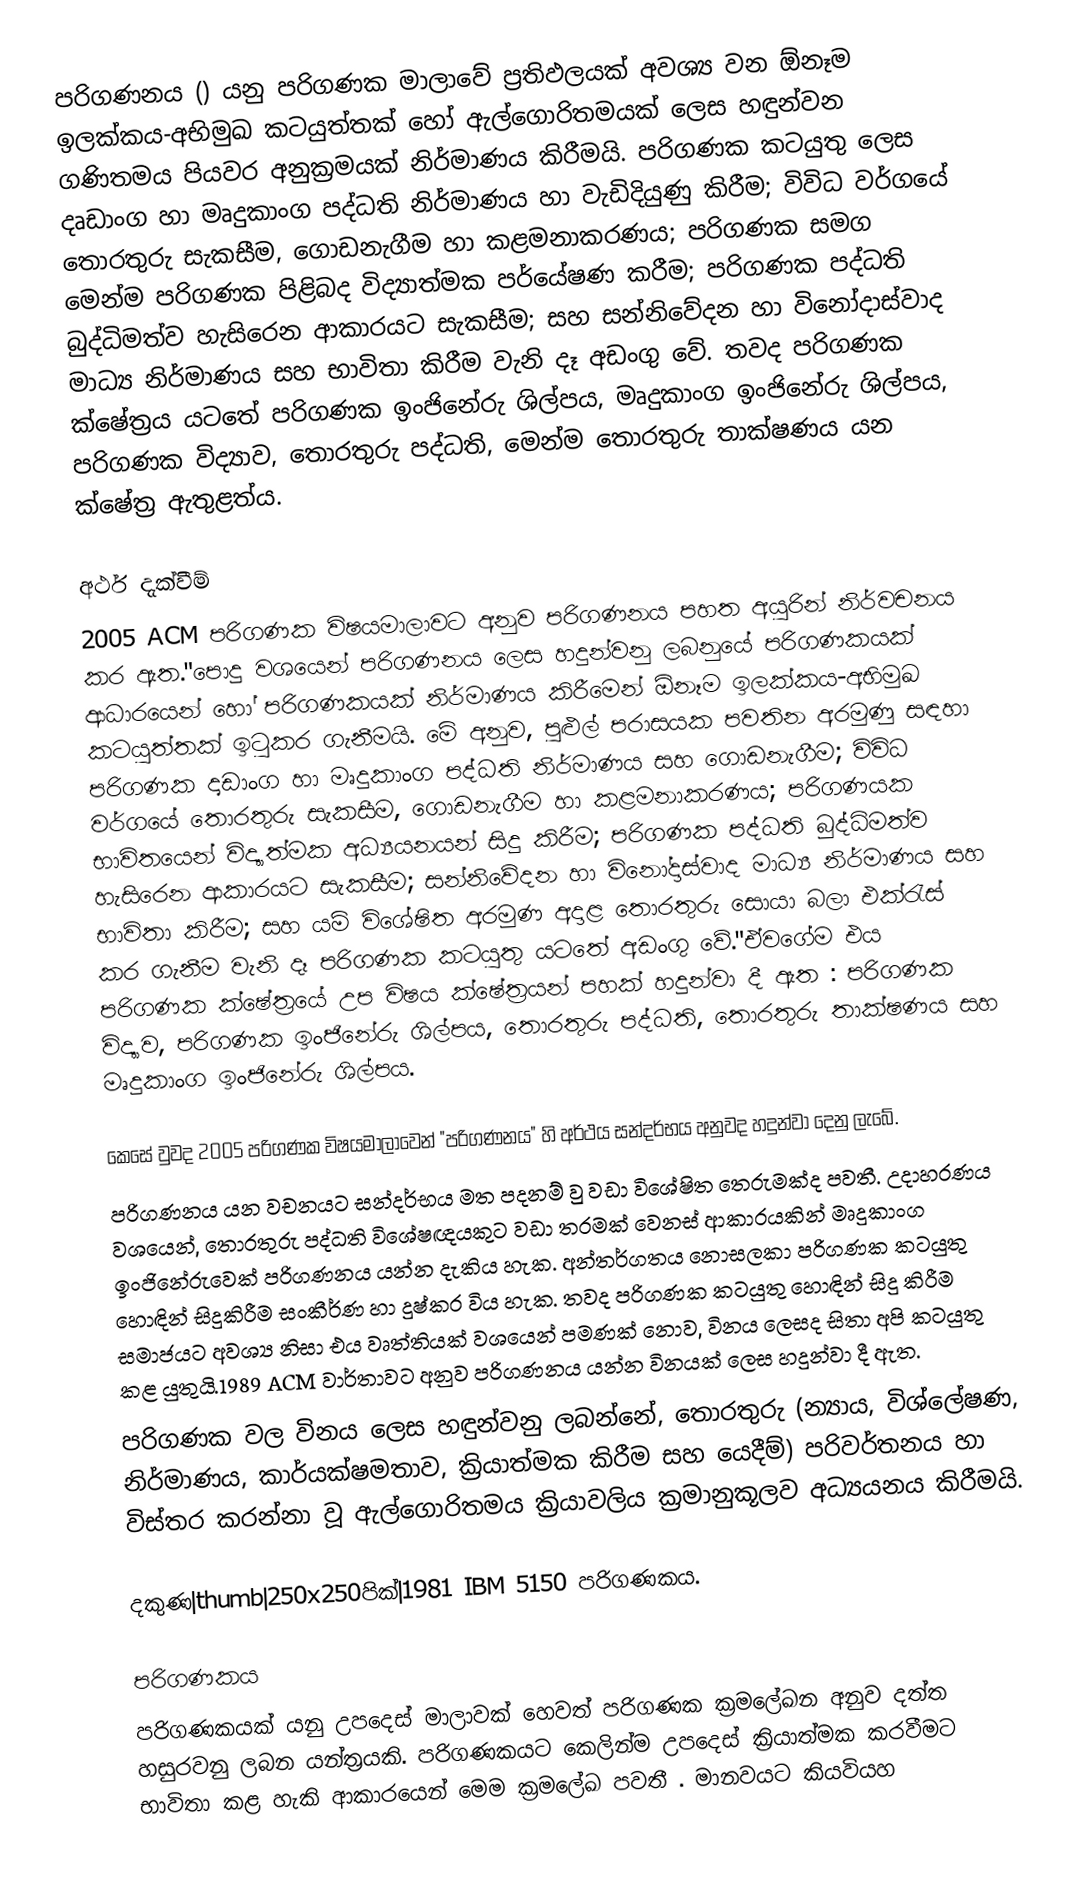
පරිගණනය () යනු පරිගණක මාලාවේ ප්‍රතිඵලයක් අවශ්‍ය වන ඕනෑම ඉලක්කය-අභිමුඛ කටයුත්තක් හෝ ඇල්ගොරිතමයක් ලෙස හඳුන්වන  ගණිතමය පියවර අනුක්‍රමයක් නිර්මාණය කිරීමයි. පරිගණක කටයුතු ලෙස  දෘඩාංග හා මෘදුකාංග පද්ධති නිර්මාණය හා වැඩිදියුණු කිරීම; විවිධ වර්ගයේ තොරතුරු  සැකසීම, ගොඩනැගීම හා කළමනාකරණය; පරිගණක සමග මෙන්ම පරිගණක පිළිබද විද්‍යාත්මක පර්යේෂණ කරීම; පරිගණක පද්ධති බුද්ධිමත්ව හැසිරෙන ආකාරයට සැකසීම; සහ සන්නිවේදන හා විනෝදාස්වාද  මාධ්‍ය නිර්මාණය  සහ භාවිතා කිරීම වැනි දෑ අඩංගු වේ. තවද පරිගණක ක්ෂේත්‍රය යටතේ පරිගණක ඉංජිනේරු ශිල්පය, මෘදුකාංග ඉංජිනේරු ශිල්පය, පරිගණක විද්‍යාව, තොරතුරු පද්ධති, මෙන්ම තොරතුරු තාක්ෂණය යන ක්ෂේත්‍ර ඇතුළත්ය.

අර්ථ දැක්වීම්
2005  ACM පරිගණක විෂයමාලාවට අනුව පරිගණනය පහත අයුරින් නිර්වචනය කර ඇත."පොදු වශයෙන් පරිගණනය ලෙස හදුන්වනු ලබනුයේ පරිගණකයක් ආධාරයෙන් හෝ පරිගණකයක් නිර්මාණය කිරීමෙන් ඕනෑම ඉලක්කය-අභිමුඛ කටයුත්තක්  ඉටුකර ගැනීමයි. මේ අනුව, පුළුල් පරාසයක පවතින අරමුණු සඳහා පරිගණක දෘඩාංග හා මෘදුකාංග පද්ධති නිර්මාණය සහ  ගොඩනැගීම; විවිධ වර්ගයේ තොරතුරු සැකසීම, ගොඩනැගීම හා කළමනාකරණය; පරිගණයක භාවිතයෙන් විද්‍යාත්මක අධ්‍යයනයන් සිදු කිරීම; පරිගණක පද්ධති බුද්ධිමත්ව හැසිරෙන ආකාරයට සැකසීම; සන්නිවේදන හා විනෝදාස්වාද මාධ්‍ය නිර්මාණය සහ භාවිතා කිරීම; සහ යම් විශේෂිත අරමුණ අදාළ තොරතුරු සොයා බලා එක්රැස්  කර ගැනීම වැනි දෑ පරිගණක කටයුතු යටතේ අඩංගු වේ."ඒවගේම එය පරිගණක ක්ෂේත්‍රයේ උප විෂය ක්ෂේත්‍රයන් පහක් හදුන්වා දී ඇත : පරිගණක විද්‍යාව, පරිගණක ඉංජිනේරු ශිල්පය, තොරතුරු පද්ධති, තොරතුරු තාක්ෂණය සහ මෘදුකාංග ඉංජිනේරු ශිල්පය. 

කෙසේ වුවද  2005 පරිගණක විෂයමාලාවෙන්  "පරිගණනය" හි  අර්ථය සන්දර්භය අනුවද හදුන්වා දෙනු ලැබේ.
පරිගණනය  යන වචනයට සන්දර්භය මත පදනම් වු  වඩා විශේෂිත තෙරුමක්ද පවතී. උදාහරණය වශයෙන්, තොරතුරු පද්ධති විශේෂඥයකුට වඩා තරමක් වෙනස් ආකාරයකින් මෘදුකාංග ඉංජිනේරුවෙක් පරිගණනය යන්න දැකිය හැක. අන්තර්ගතය නොසලකා  පරිගණක කටයුතු හොඳින් සිදුකිරීම සංකීර්ණ හා දුෂ්කර විය හැක. තවද පරිගණක කටයුතු හොඳින් සිදු කිරීම සමාජයට අවශ්‍ය නිසා එය වෘත්තියක් වශයෙන් පමණක් නොව, විනය ලෙසද සිතා අපි කටයුතු කළ යුතුයි.1989  ACM වාර්තාවට අනුව පරිගණනය යන්න විනයක් ලෙස හදුන්වා දී ඇත. 
පරිගණක වල විනය ලෙස හඳුන්වනු ලබන්නේ, තොරතුරු (න්‍යාය, විශ්ලේෂණ, නිර්මාණය, කාර්යක්ෂමතාව, ක්‍රියාත්මක කිරීම සහ යෙදීම්) පරිවර්තනය හා විස්තර කරන්නා වූ ඇල්ගොරිතමය  ක්‍රියාවලිය ක්‍රමානුකූලව අධ්‍යයනය කිරීමයි. 

දකුණ|thumb|250x250පික්|1981 IBM 5150 පරිගණකය.

පරිගණකය
පරිගණකයක්  යනු උපදෙස් මාලාවක් හෙවත් පරිගණක ක්‍රමලේඛන අනුව දත්ත හසුරවනු ලබන යන්ත්‍රයකි. පරිගණකයට  කෙලින්ම  උපදෙස්  ක්‍රියාත්මක කරවීමට  භාවිතා කළ හැකි ආකාරයෙන් මෙම ක්‍රමලේඛ පවතී . මානවයට කියවියහ